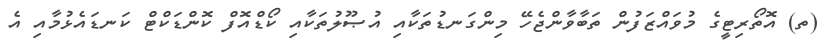
(ތ) އޮތޯރިޓީގެ މުވައްޒަފުން ތަބާވާންޖެހޭ މިންގަނޑުތަކާއި އުޞޫލުތަކާއި ކޯޑްއޮފް ކޮންޑަކްޓް ކަނޑައެޅުމާއި އެ